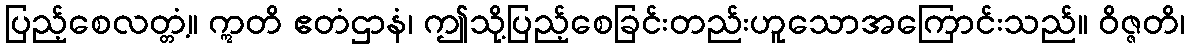
ပြည့်စေလတ္တံ့။ ဣတိ ဧတံဌာနံ၊ ဤသို့ပြည့်စေခြင်းတည်းဟူသောအကြောင်းသည်။ ဝိဇ္ဇတိ၊